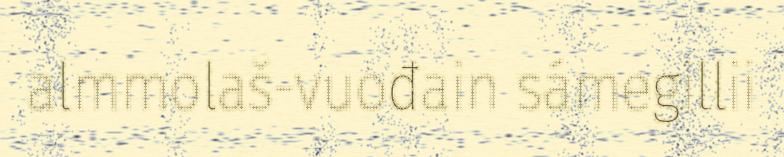
almmolaš-vuođain sámegillii